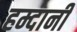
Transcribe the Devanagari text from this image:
हम्दानी